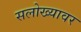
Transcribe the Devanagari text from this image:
सलोख्यावर